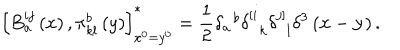
\left[ B _ { a } ^ { i j } \left( x \right) , \pi _ { k l } ^ { b } \left( y \right) \right] _ { x ^ { 0 } = y ^ { 0 } } ^ { * } = \frac 1 2 \delta _ { a } ^ { \; \; b } \delta _ { \; \; k } ^ { \left[ i \right. } \delta _ { \; \; l } ^ { \left. j \right] } \delta ^ { 3 } \left( { \bf x } - { \bf y } \right) .